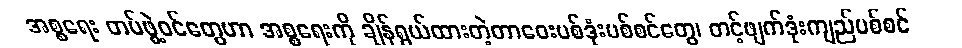
အစ္စရေး တပ်ဖွဲ့ဝင်တွေဟာ အစ္စရေးကို ချိန်ရွယ်ထားတဲ့တာဝေးပစ်ဒုံးပစ်စင်တွေ၊ တင့်ဖျက်ဒုံးကျည်ပစ်စင်